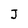
Character: J